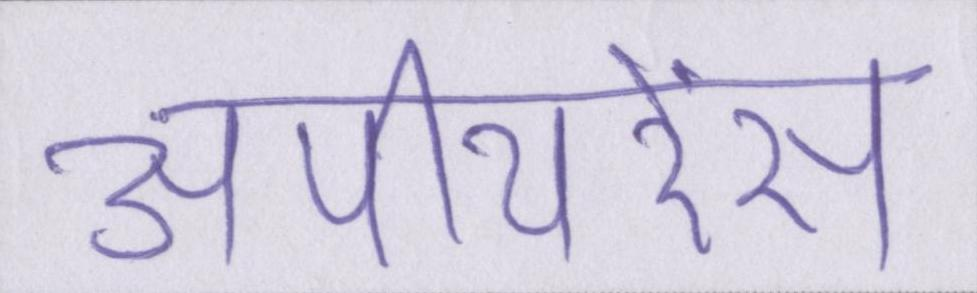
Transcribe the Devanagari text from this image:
अपीयरेंस